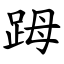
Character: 𧿹